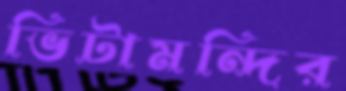
ভিটামন্দির